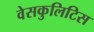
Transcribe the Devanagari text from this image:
वेसकुलिटिस